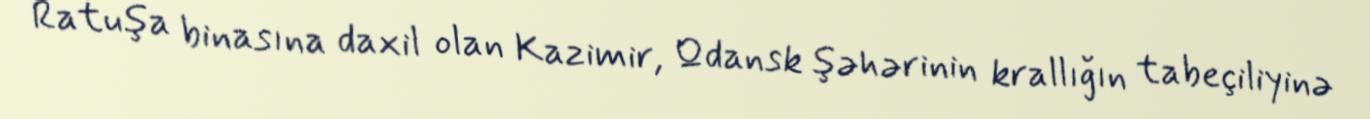
Ratuşa binasına daxil olan Kazimir, Qdansk şəhərinin krallığın tabeçiliyinə